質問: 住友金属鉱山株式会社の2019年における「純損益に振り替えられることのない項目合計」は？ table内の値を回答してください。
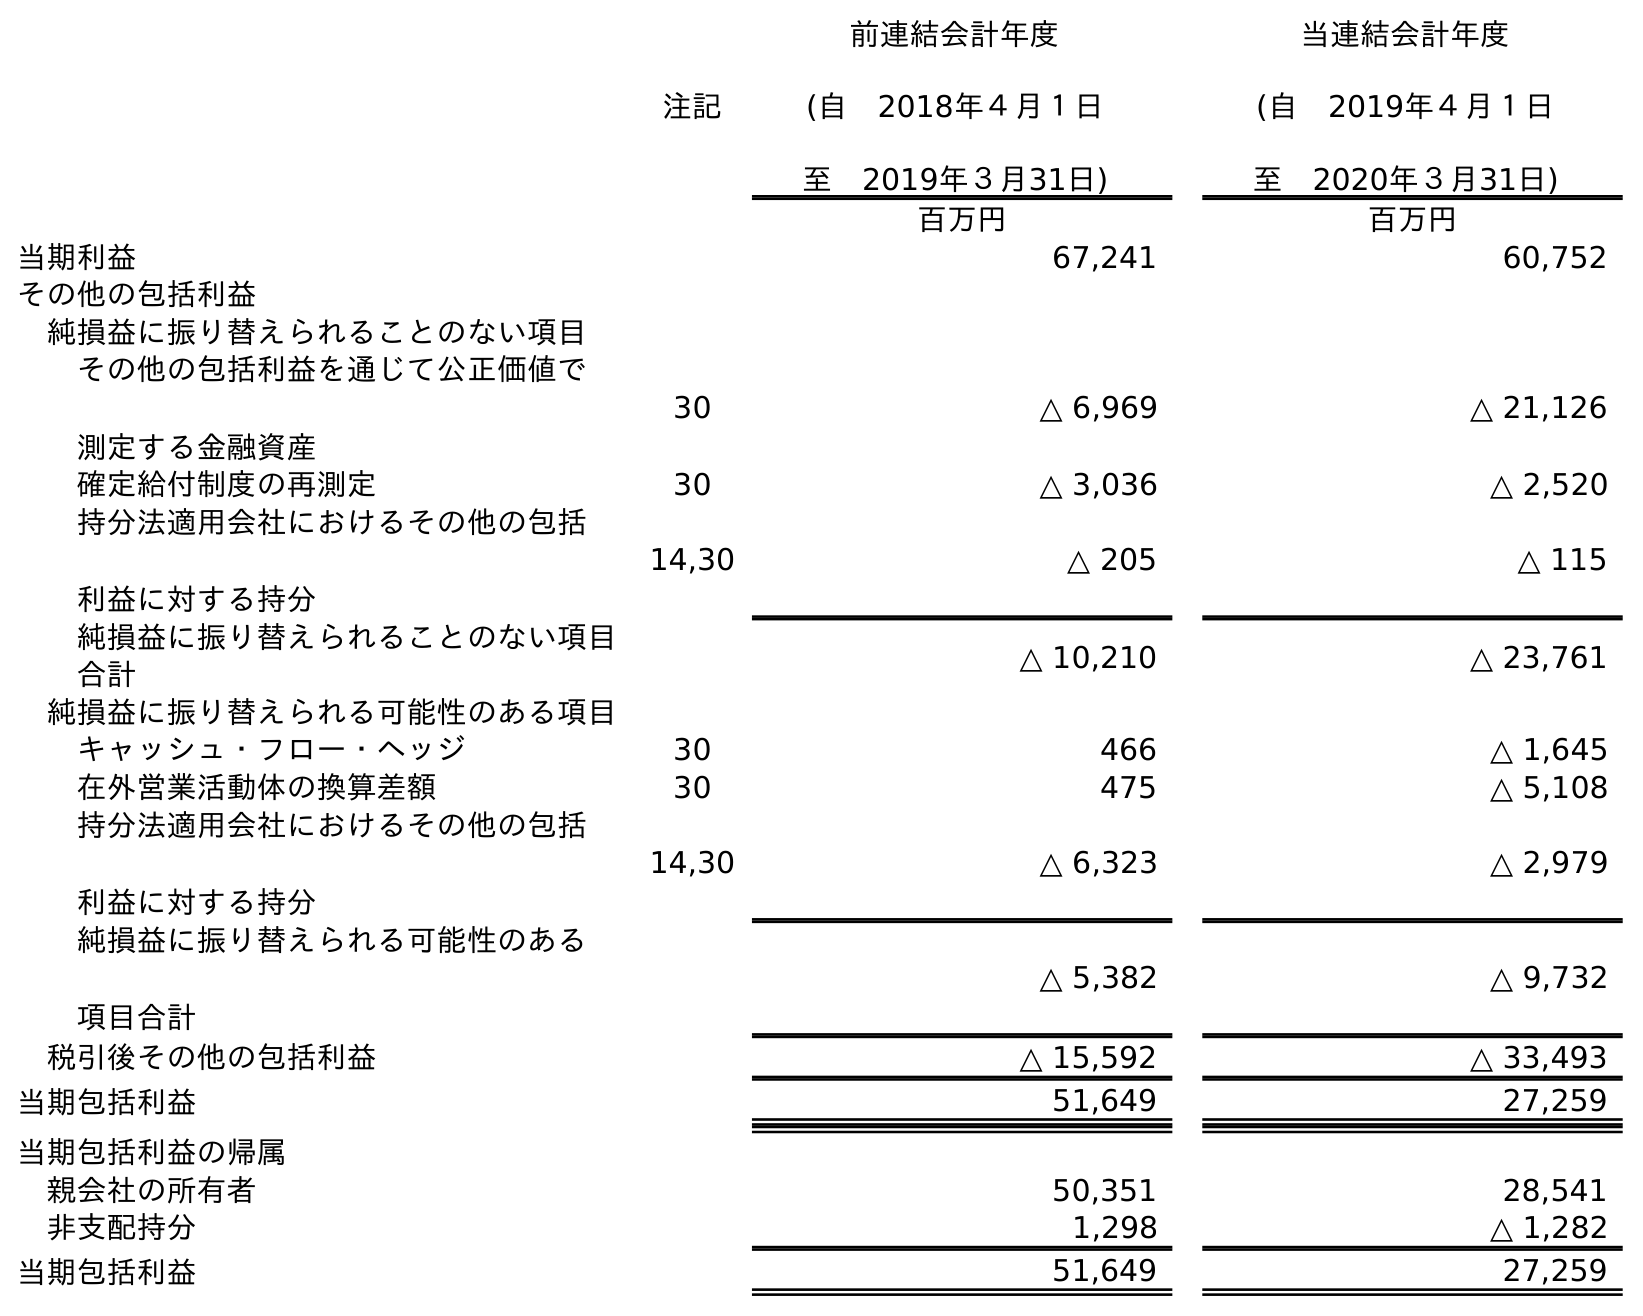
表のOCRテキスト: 注記 前連結会計年度 (自 2018年４月１日 至 2019年３月31日) 当連結会計年度 (自 2019年４月１日 至 2020年３月31日) 百万円 百万円 当期利益 67,241 60,752 その他の包括利益 純損益に振り替えられることのない項目 その他の包括利益を通じて公正価値で 測定する金融資産 30 △ 6,969 △ 21,126 確定給付制度の再測定 30 △ 3,036 △ 2,520 持分法適用会社におけるその他の包括 利益に対する持分 14,30 △ 205 △ 115 純損益に振り替えられることのない項目 合計 △ 10,210 △ 23,761 純損益に振り替えられる可能性のある項目 キャッシュ・フロー・ヘッジ 30 466 △ 1,645 在外営業活動体の換算差額 30 475 △ 5,108 持分法適用会社におけるその他の包括 利益に対する持分 14,30 △ 6,323 △ 2,979 純損益に振り替えられる可能性のある 項目合計 △ 5,382 △ 9,732 税引後その他の包括利益 △ 15,592 △ 33,493 当期包括利益 51,649 27,259 当期包括利益の帰属 親会社の所有者 50,351 28,541 非支配持分 1,298 △ 1,282 当期包括利益 51,649 27,259
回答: △10,210